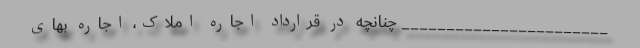
_______________________ چنانچه در قرارداد اجاره املاک، اجاره بهای